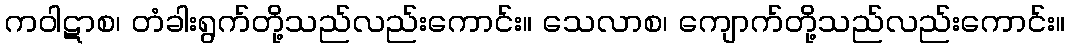
ကဝါဋာစ၊ တံခါးရွက်တို့သည်လည်းကောင်း။ သေလာစ၊ ကျောက်တို့သည်လည်းကောင်း။